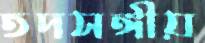
তদসঙ্গীয়